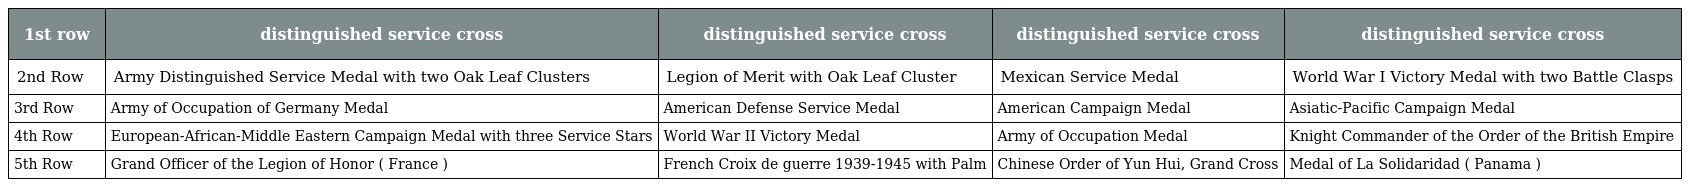
| 1st row | distinguished service cross | distinguished service cross | distinguished service cross | distinguished service cross |
 | --- | --- | --- | --- | --- |
 | 2nd Row | Army Distinguished Service Medal with two Oak Leaf Clusters | Legion of Merit with Oak Leaf Cluster | Mexican Service Medal | World War I Victory Medal with two Battle Clasps |
 | 3rd Row | Army of Occupation of Germany Medal | American Defense Service Medal | American Campaign Medal | Asiatic-Pacific Campaign Medal |
 | 4th Row | European-African-Middle Eastern Campaign Medal with three Service Stars | World War II Victory Medal | Army of Occupation Medal | Knight Commander of the Order of the British Empire |
 | 5th Row | Grand Officer of the Legion of Honor ( France ) | French Croix de guerre 1939-1945 with Palm | Chinese Order of Yun Hui, Grand Cross | Medal of La Solidaridad ( Panama ) |